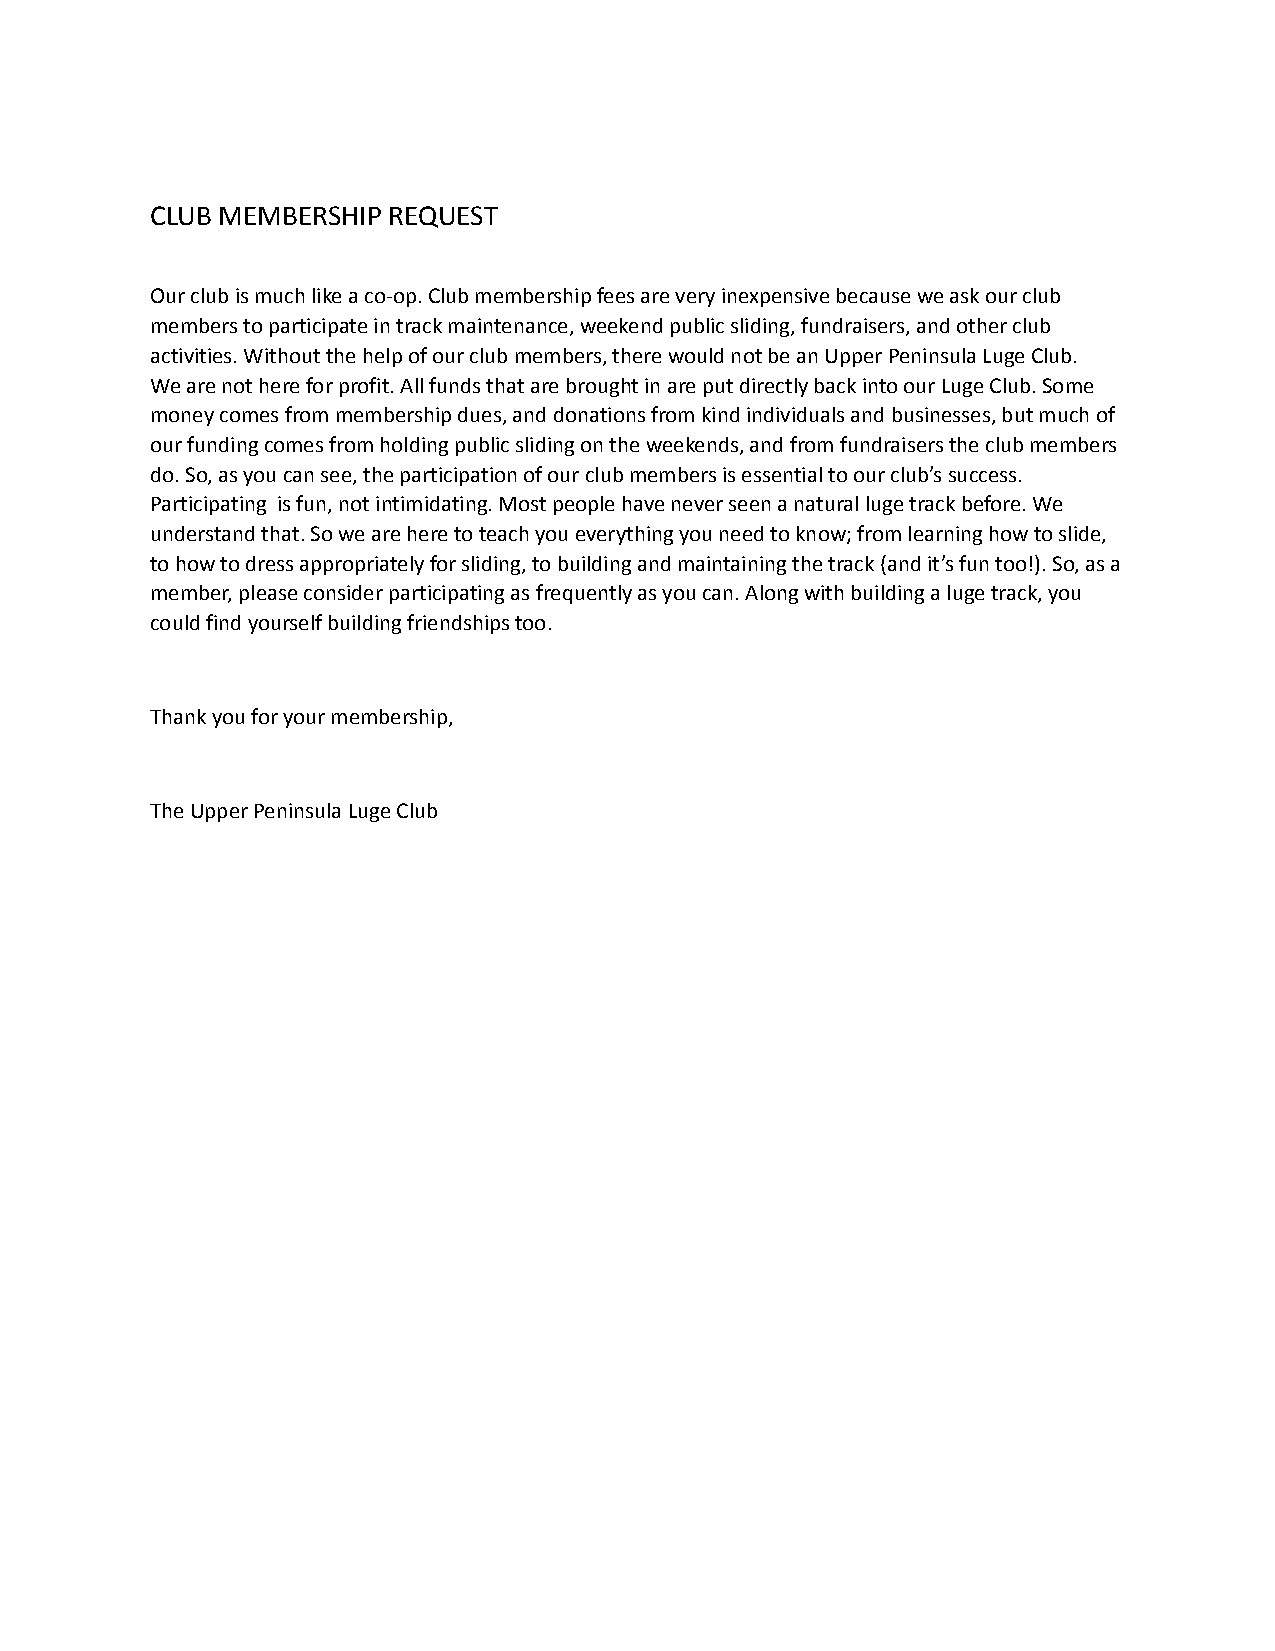
CLUB MEMBERSHIP REQUEST
 Our club is much like a co-op. Club membership fees are very inexpensive because we ask our club
 members to participate in track maintenance, weekend public sliding, fundraisers, and other club
 activities. Without the help of our club members, there would not be an Upper Peninsula Luge Club.
 We are not here for profit. All funds that are brought in are put directly back into our Luge Club. Some
 money comes from membership dues, and donations from kind individuals and businesses, but much of
 our funding comes from holding public sliding on the weekends, and from fundraisers the club members
 do. So, as you can see, the participation of our club members is essential to our club’s success.
 Participating is fun, not intimidating. Most people have never seen a natural luge track before. We
 understand that. So we are here to teach you everything you need to know; from learning how to slide,
 to how to dress appropriately for sliding, to building and maintaining the track (and it’s fun too!). So, as a
 member, please consider participating as frequently as you can. Along with building a luge track, you
 could find yourself building friendships too.
 Thank you for your membership,
 The Upper Peninsula Luge Club